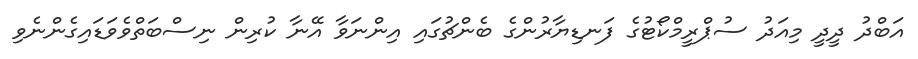
އަބްދު ދީދީ މިއަދު ސުޕްރީމްކޯޓުގެ ފަނޑިޔާރުންގެ ބެންޗުގައި އިންނަވާ އޭނާ ކުރިން ނިސްބަތްވެވަޑައިގެންނެވި